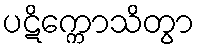
ပဋိက္ကောသိတွာ